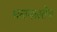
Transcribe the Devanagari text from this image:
भळभळतेच